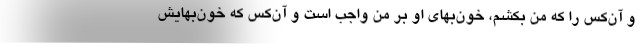
و آن‌کس را که من بکشم، خون‌بهای او بر من واجب است و آن‌کس که خون‌بهایش